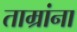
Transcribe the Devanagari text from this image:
ताम्रांना